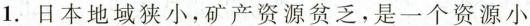
1.日本地域狭小，矿产资源贫乏，是一个资源小